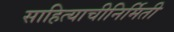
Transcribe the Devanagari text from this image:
साहित्याचीनिर्मिती